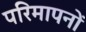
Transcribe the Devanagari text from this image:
परिमापनों